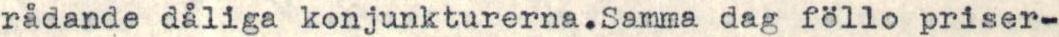
rådande dåliga konjunkturerna.Samma dag föllo priser-